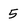
Character: 5